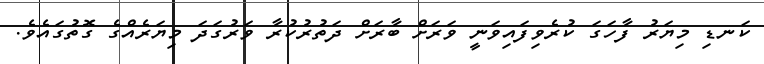
ކަނޑި މިޔަރު ފާހަގަ ކުރެވިފައިވަނީ ވަރަށް ބާރަށް ދަތުރުކުރާ ވަރުގަދަ މިޔަރެއްގެ ގޮތުގައެވެ.